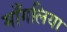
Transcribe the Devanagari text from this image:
माँगलिया